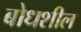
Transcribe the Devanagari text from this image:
बोधशील